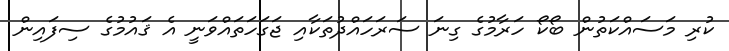
ކުރި މަސައްކަތުން ބޯކޯ ހަރާމުގެ ގިނަ ސަރަހައްދުތަކާއި ޖަގަހަތައްވަނީ އެ ޤައުމުގެ ސިފައިން